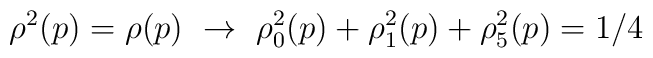
\rho^2(p)=\rho(p) \ \rightarrow  \ \rho_0^2(p)+\rho_1^2(p)+\rho_5^2(p)=1/4